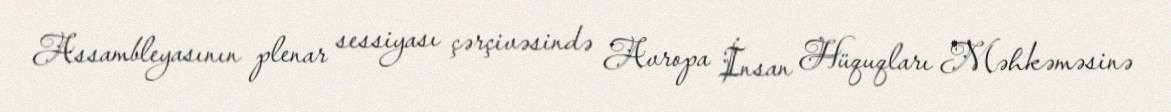
Assambleyasının plenar sessiyası çərçivəsində Avropa İnsan Hüquqları Məhkəməsinə